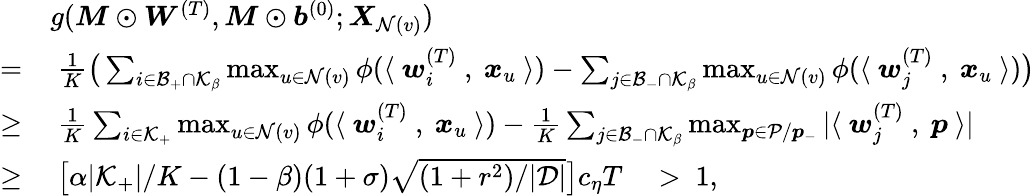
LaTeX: \begin{array}{rl}&{g({\boldsymbol M}\odot{\boldsymbol W}^{(T)},{\boldsymbol M}\odot{\boldsymbol b}^{(0)};{\boldsymbol X}_{\mathcal{N}(v)})}\\ {=}&{~\textstyle\frac{1}{K}\big(\sum_{i\in\mathcal{B}_{+}\cap\mathcal{K}_{\beta}}\operatorname*{max}_{u\in\mathcal{N}(v)}\phi(\langle~{\boldsymbol w}_{i}^{(T)}~,~{\boldsymbol x}_{u}~\rangle)-\sum_{j\in\mathcal{B}_{-}\cap\mathcal{K}_{\beta}}\operatorname*{max}_{u\in\mathcal{N}(v)}\phi(\langle~{\boldsymbol w}_{j}^{(T)}~,~{\boldsymbol x}_{u}~\rangle)\big)}\\ {\ge}&{~\textstyle\frac{1}{K}\sum_{i\in\mathcal{K}_{+}}\operatorname*{max}_{u\in\mathcal{N}(v)}\phi(\langle~{\boldsymbol w}_{i}^{(T)}~,~{\boldsymbol x}_{u}~\rangle)-\frac{1}{K}\sum_{j\in\mathcal{B}_{-}\cap\mathcal{K}_{\beta}}\operatorname*{max}_{{\boldsymbol p}\in\mathcal{P}/{\boldsymbol p}_{-}}|\langle~{\boldsymbol w}_{j}^{(T)}~,~{\boldsymbol p}~\rangle|}\\ {\ge}&{~\big[\alpha|\mathcal{K}_{+}|/K-(1-\beta)(1+\sigma)\sqrt{(1+r^{2})/|\mathcal{D}|}\big]c_{\eta}T\quad>~1,}\end{array}